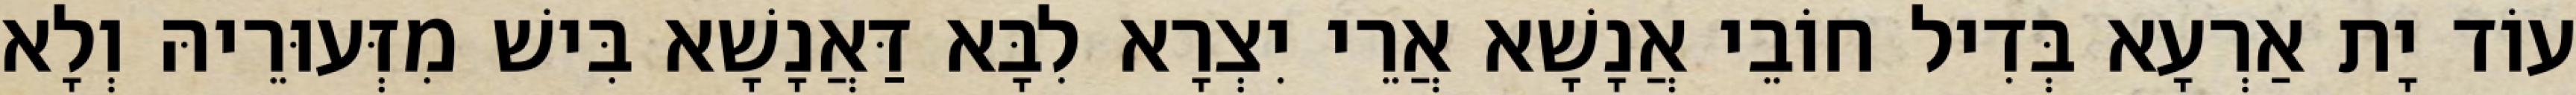
עוֹד יָת אַרְעָא בְּדִיל חוֹבֵי אֲנָשָׁא אֲרֵי יִצְרָא לִבָּא דַּאֲנָשָׁא בִּישׁ מִזְּעוּרֵיהּ וְלָא